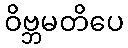
ဝိဗ္ဘမတိပေ